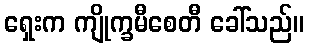
ရှေးက ကျိုက္ခမီစေတီ ခေါ်သည်။